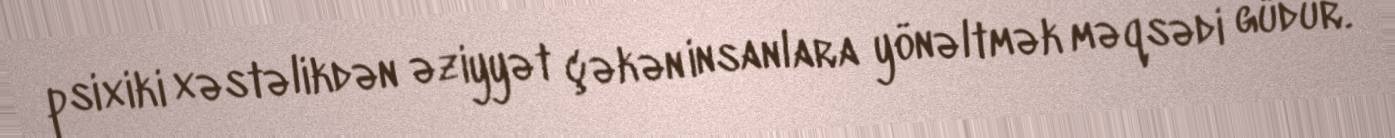
psixiki xəstəlikdən əziyyət çəkən insanlara yönəltmək məqsədi güdür.